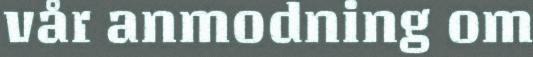
vår anmodning om